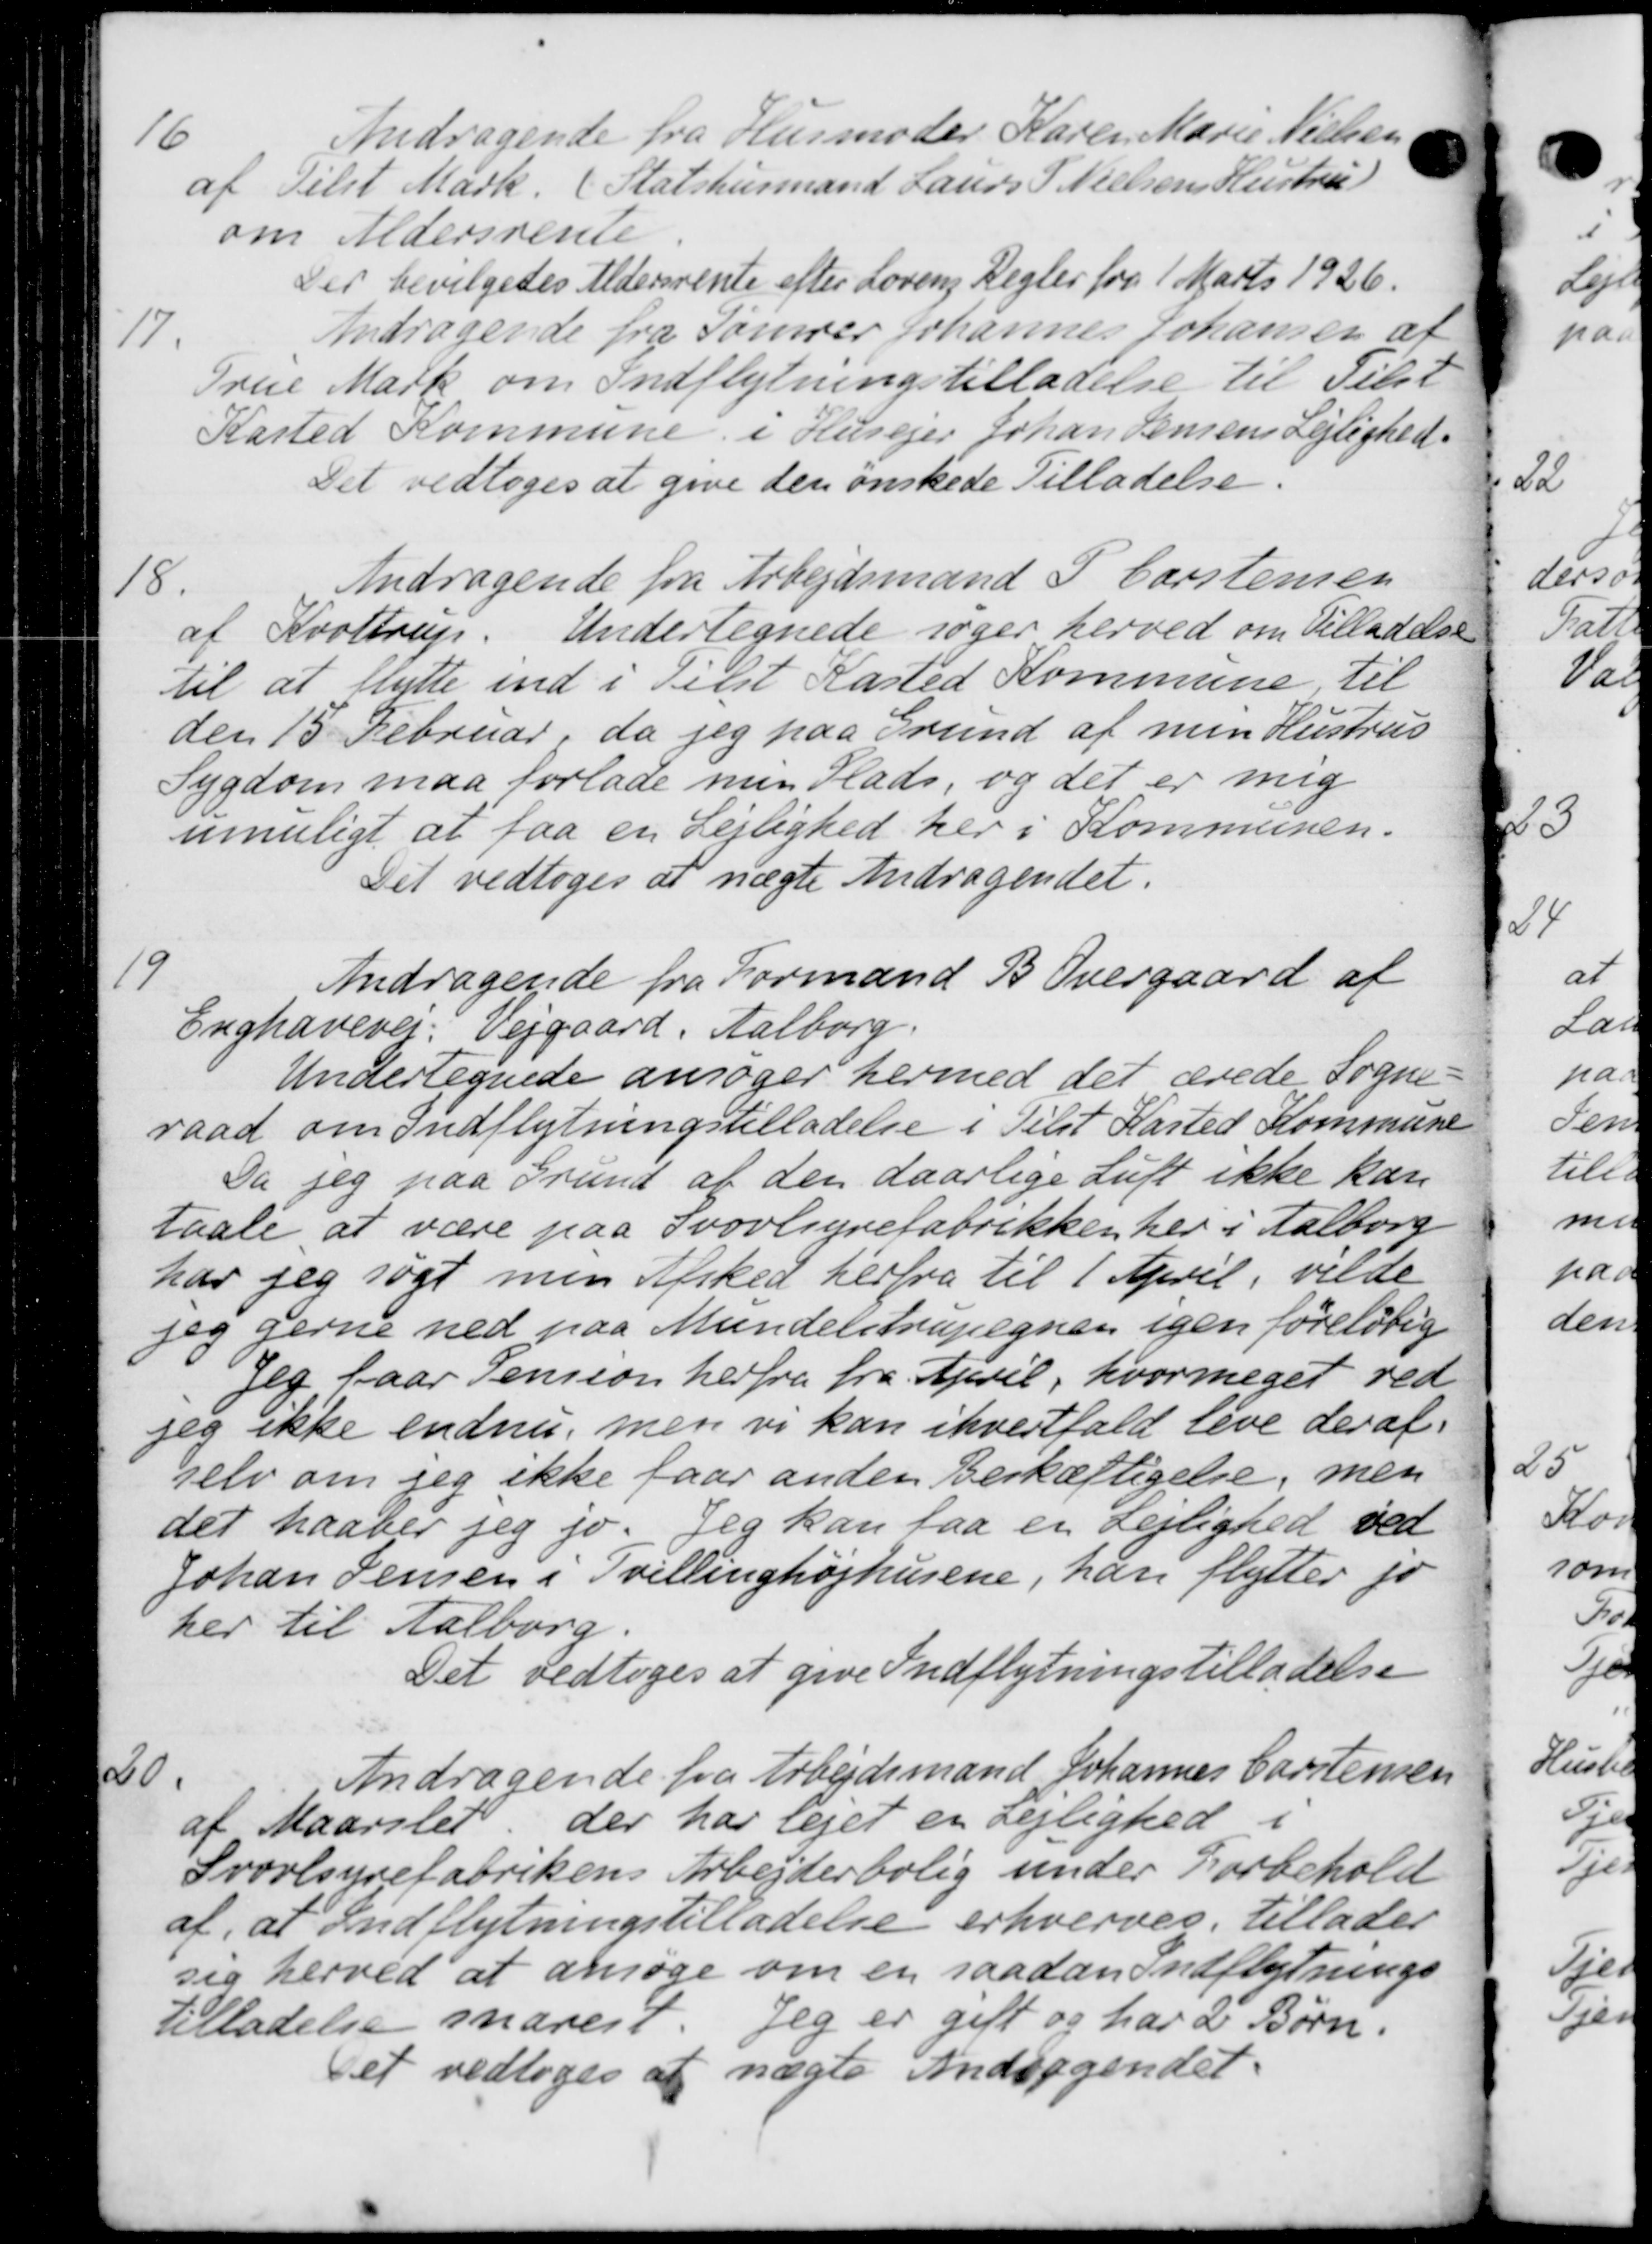
Transskription:
16
Andragende fra Husmoder Karen Marie Nielsen
af Tilst Mark. (Statshusmand Laurs S. Nielsens Hustru)
om Aldersrente
Der bevilgedes Aldersrente efter Lovens Regler fra 1 Marts 1926.
17
Andragende fra Tømrer Johannes Johansen af
True Mark om Indflytningstilladelse til Tilst
Kasted Kommune i Husejer Johan Jensens Lejlighed.
Det vedtoges at give den ønskede Tilladelse.
18.
Andragende fra Arbejdsmand P. Carstensen
af Krottrup. Undertegnede søger herved om Tilladelse
til at flytte ind i Tilst Kasted Kommune, til
den 15 Februar, da jeg paa Grund af min Hustrus
Sygdom maa forlade min Plads, og det er mig
umuligt at faa en Lejlighed her i Kommunen.
Det vedtoges at nægte Andragendet.
19
Andragende fra Formand B Overgaard af
Enghavevej. Vejgaard, Aalborg.
Undertegnede ansøger hermed det ærede Sogne-
raad om Indflytningstilladelse i Tilst Kasted Kommune
Da jeg paa Grund af den daarlige Luft ikke kan
taale at være paa Svovlsyvefabrikken her i Aalborg
har jeg søgt men Afsked herfra til 1 April, vilde
Jeg gerne ned paa Mundelstrupegnen igen foreløbig
Jeg faar Pension herfra fra April, hvor meget ved
jeg ikke endnu, men vi kan ihvertfald leve der af-
selv om jeg ikke faar anden Beskæftigelse, men
det haaber jeg jo. Jeg kan faa en Lejlighed ved
Johan Jensen i Tvillinghøjhusene, han flytter fo
her til Aalborg.
Det vedtoges at give Indflytningstilladelse
20.
Andragende fra Arbejdsmand Johannes Carstensen
af Maarslet der har lejet en Lejlighed i
Svovlsyrefabrikens Arbejderbolig under Forbehold
af, at Indflytningstilladelse erhverves, tillader
sig herved at ansøge om en saadan Indflytnings
tilladelse snarest. Jeg er gift og har de Børn.
Det vedtoges at nægte Andragendet.